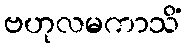
ဗဟုလမကာသိံ